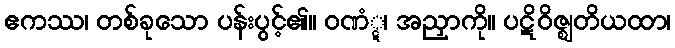
ဧကဿ၊ တစ်ခုသော ပန်းပွင့်၏။ ဝဏံ္ဋ၊ အညှာကို။ ပဋိဝိဇ္ဈတိယထာ၊